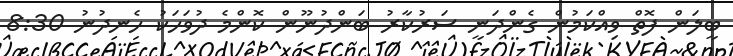
ބީލަން ފޮތް ވިއްކަމުން ގެންދަނީ ސަރުކާރު ބަންދުނޫން ކޮންމެ ދުވަހަކު ހެނދުނު 8:30